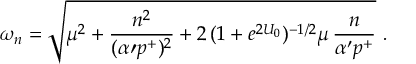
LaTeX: \omega _ { n } = \sqrt { \mu ^ { 2 } + { \frac { n ^ { 2 } } { ( \alpha { \prime } p ^ { + } ) ^ { 2 } } } + 2 \, ( 1 + e ^ { 2 U _ { 0 } } ) ^ { - 1 / 2 } \mu \, { \frac { n } { \alpha ^ { \prime } p ^ { + } } } } \ .